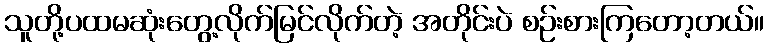
သူတို့ပထမဆုံးတွေ့လိုက်မြင်လိုက်တဲ့ အတိုင်းပဲ စဉ်းစားကြတော့တယ်။